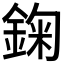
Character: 𨨠